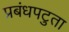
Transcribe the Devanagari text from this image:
प्रबंधपटुता